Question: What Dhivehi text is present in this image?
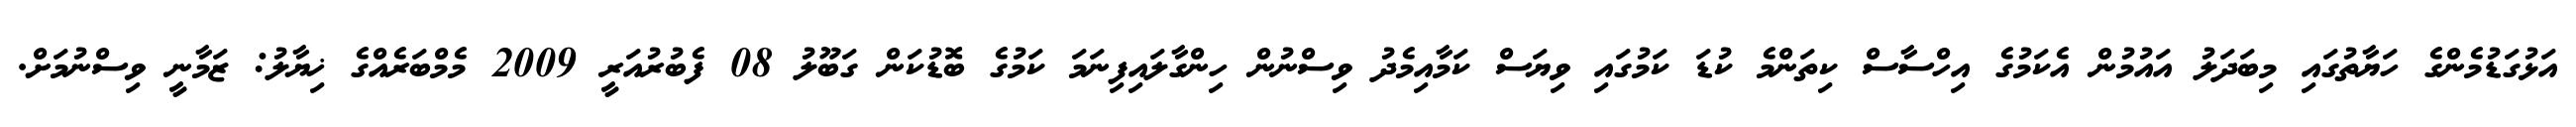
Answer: އަޅުގަޑުމެންގެ ހަޔާތުގައި މިބަދަލު އައުމުން އެކަމުގެ އިހްސާސް ކިތަންމެ ކުޑަ ކަމުގައި ވިޔަސް ކަމާއިމެދު ވިސްނުން ހިންގާލައިފިނަމަ ކަމުގެ ބޮޑުކަން ގަބޫލު 08 ފެބުރުއަރީ 2009 މެމްބަރެއްގެ ޚިޔާލު: ޒަމާނީ ވިސްނުމަށް.